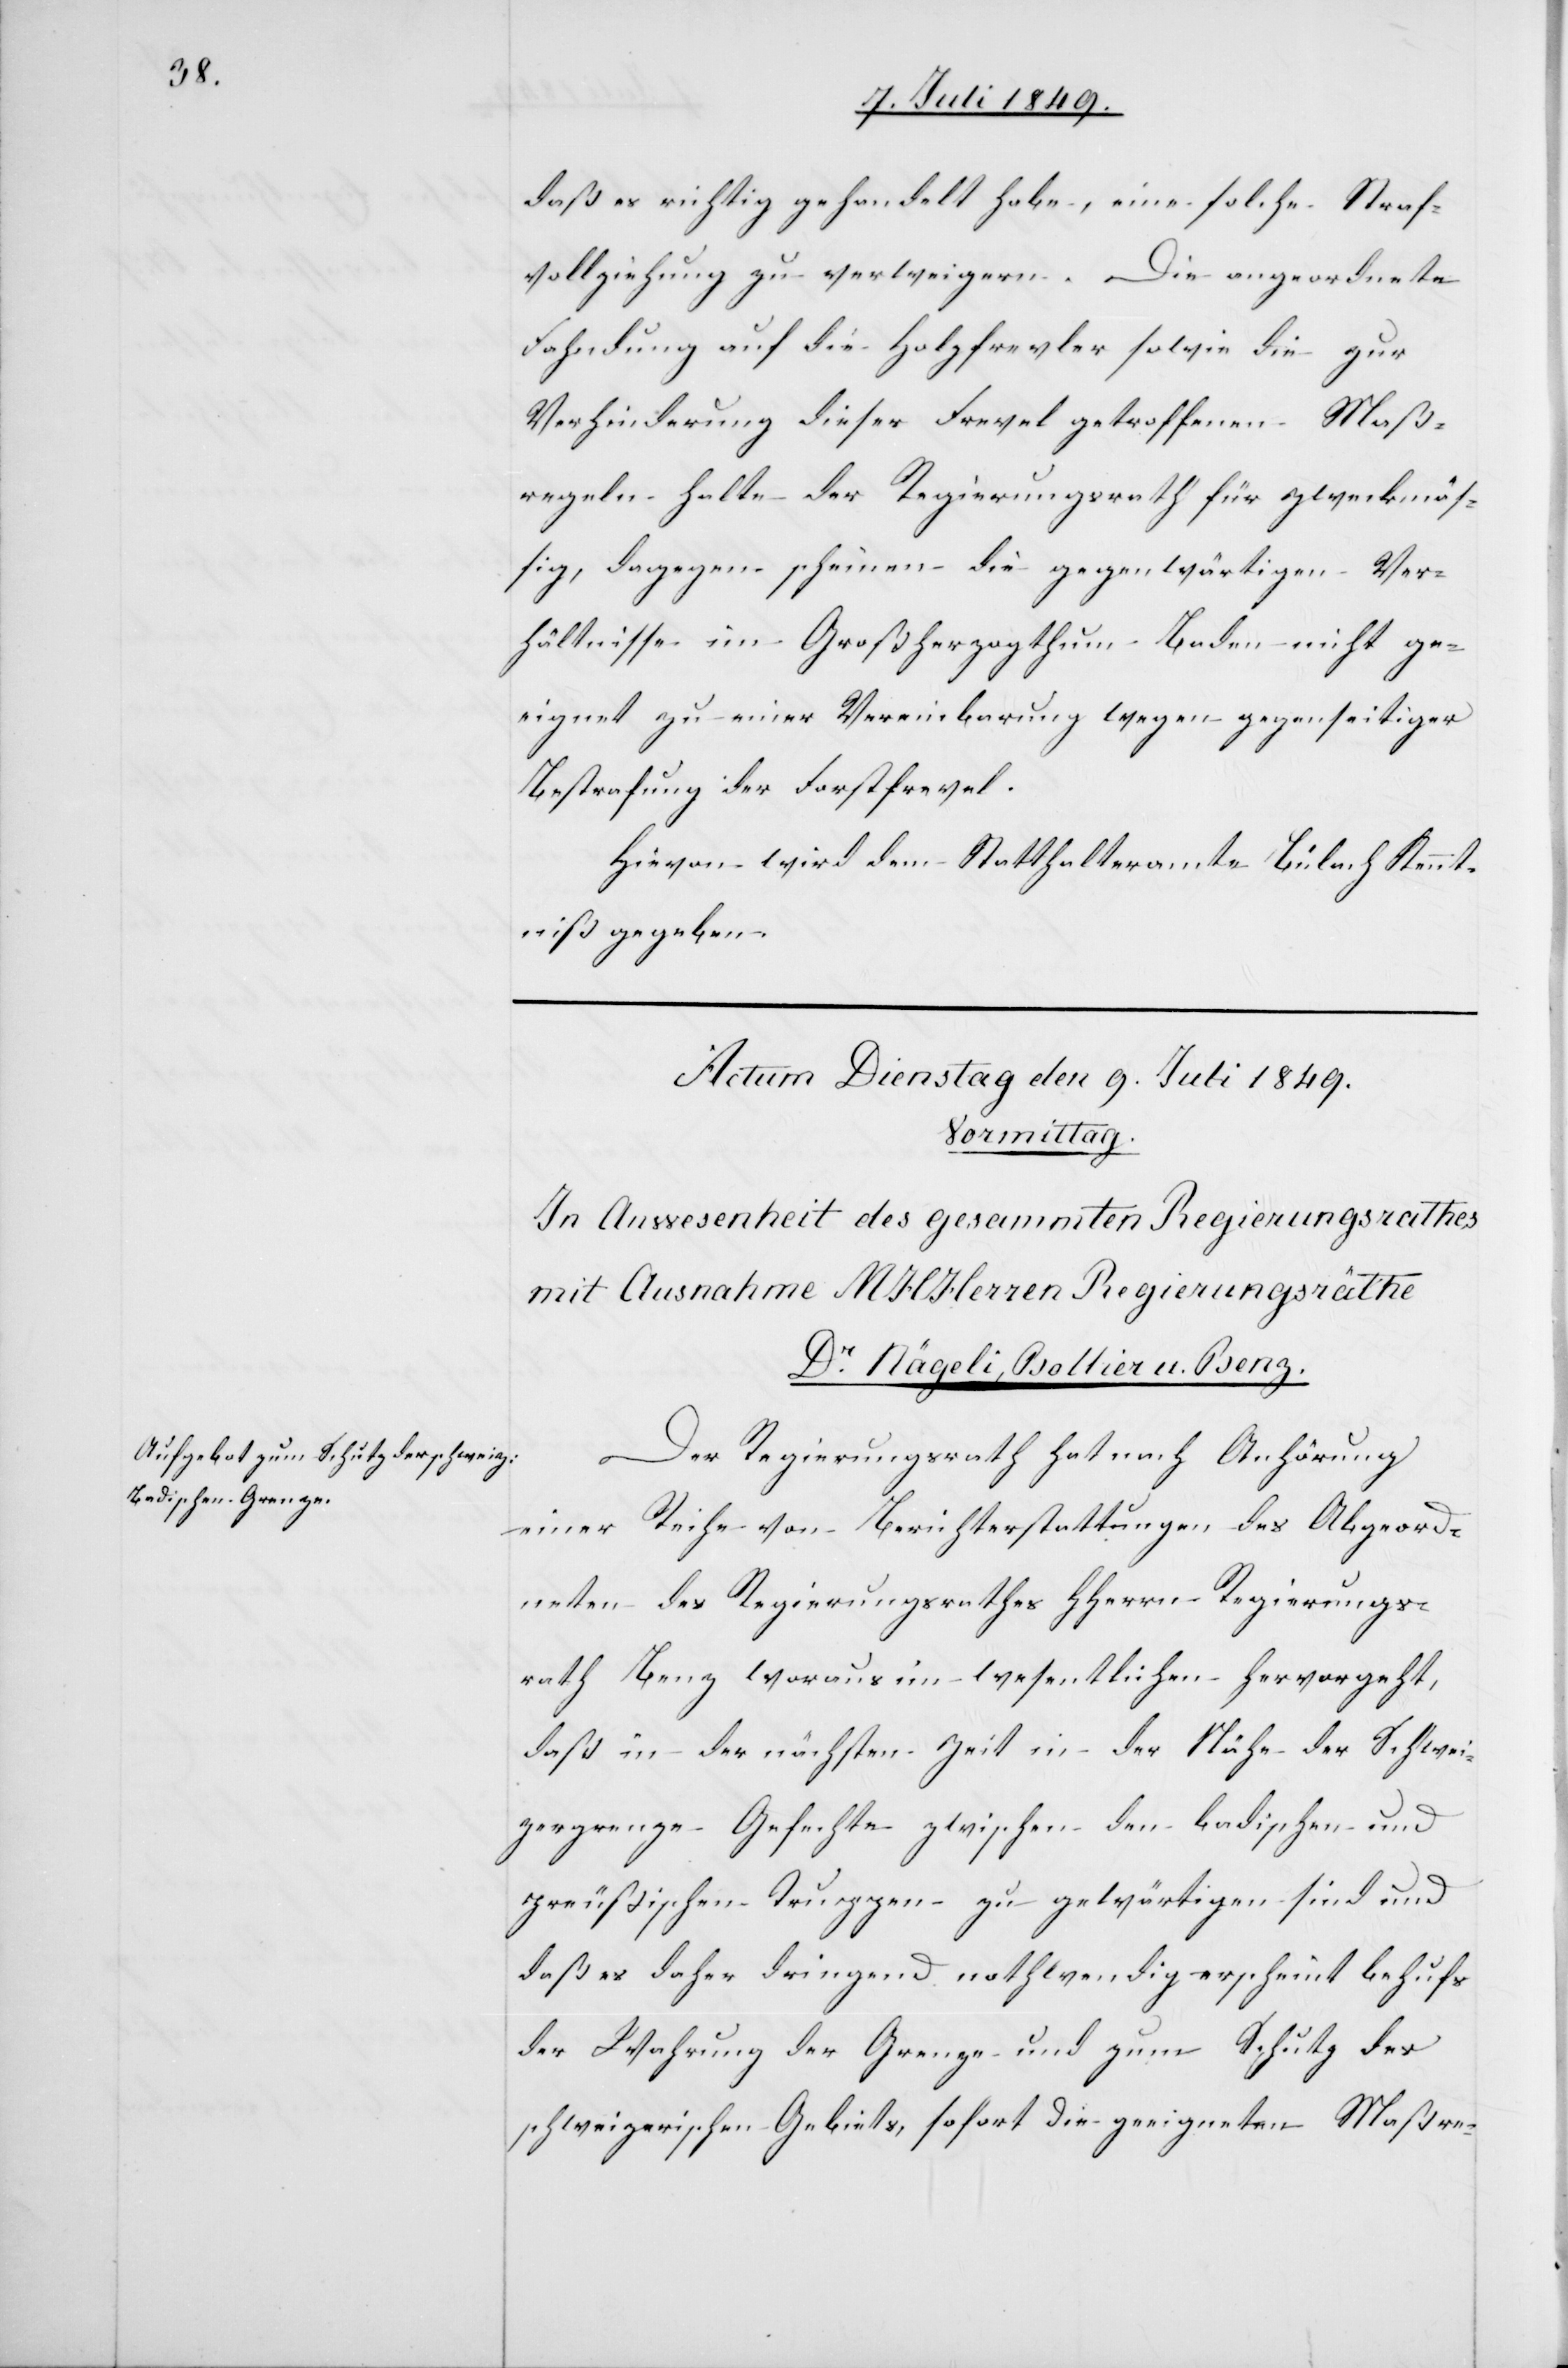
daß es richtig gehandelt habe, eine solche Straf¬
vollziehung zu verweigern. Die angeordnete
Fahndung auf die Holzfrevler sowie die zur
Verhinderung dieser Frevel getroffenen Maß¬
regeln halte der Regierungsrath für zweckmäs¬
sig, dagegen scheinen die gegenwärtigen Ver¬
hältnisse im Großherzogthum Baden nicht ge¬
eignet zu einer Vereinbarung wegen gegenseitiger
Bestrafung der Forstfrevel.
Hievon wird dem Statthalteramte Bülach Kennt¬
niß gegeben.
Der Regierungsrath hat nach Anhörung
einer Reihe von Berichterstattungen des Abgeord¬
neten des Regierungsrathes HHerrn Regierungs¬
rath Benz woraus im wesentlichen hervorgeht,
daß in der nächsten Zeit in der Nähe der Schwei¬
zergrenze Gefechte zwischen den badischen und
preußischen Truppen zu gewärtigen sind und
daß es daher dringend nothwendig erscheint behufs
der Wahrung der Grenze und zum Schutz des
schweizerischen Gebiets, sofort die geeigneten Maßre-